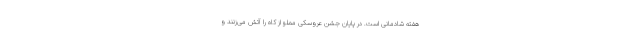
هفته شادمانی است. در پایان جشن عروسکی مملو از کاه را آتش می‌زنند و